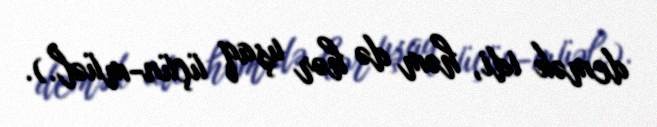
demək idi, həm də hər uşaq üçün-müəl.).